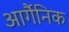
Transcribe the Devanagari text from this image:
आर्गैनिक